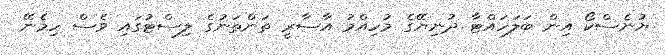
ޔުނެސްކޯ އިން ބަލަހައްޓާ ދުނިޔޭގެ މުހިއްމު އާސާރީ ތަންތަނުގެ ލިސްޓުގައި ވެސް ހިމެނޭ